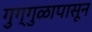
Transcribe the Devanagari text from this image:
गुग्गुळापासून